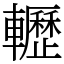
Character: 轣